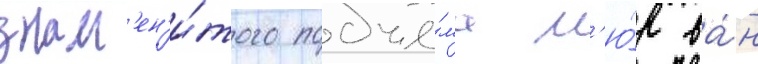
знам'ен'и́того подъё́ма м'ю́р ва́н